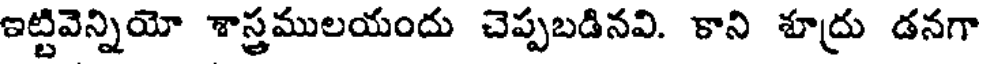
ఇట్టివెన్నియో శాస్త్రములయందు చెప్పబడినవి. కాని శూద్రు డనగా